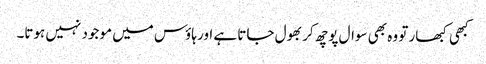
کبھی کبھار تو وہ بھی سوال پوچھ کر بھول جاتا ہے اور ہاؤس میں موجود نہیں ہوتا۔